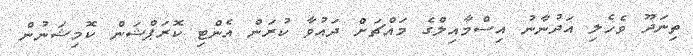
ތިނަދޫ ވެހެލި އަދުނާނު އިސްމާއިލްގެ މައްޗަށް ދައުވާ ކުރަން އެންޓި ކޮރަޕްޝަން ކޮމިޝަނުން